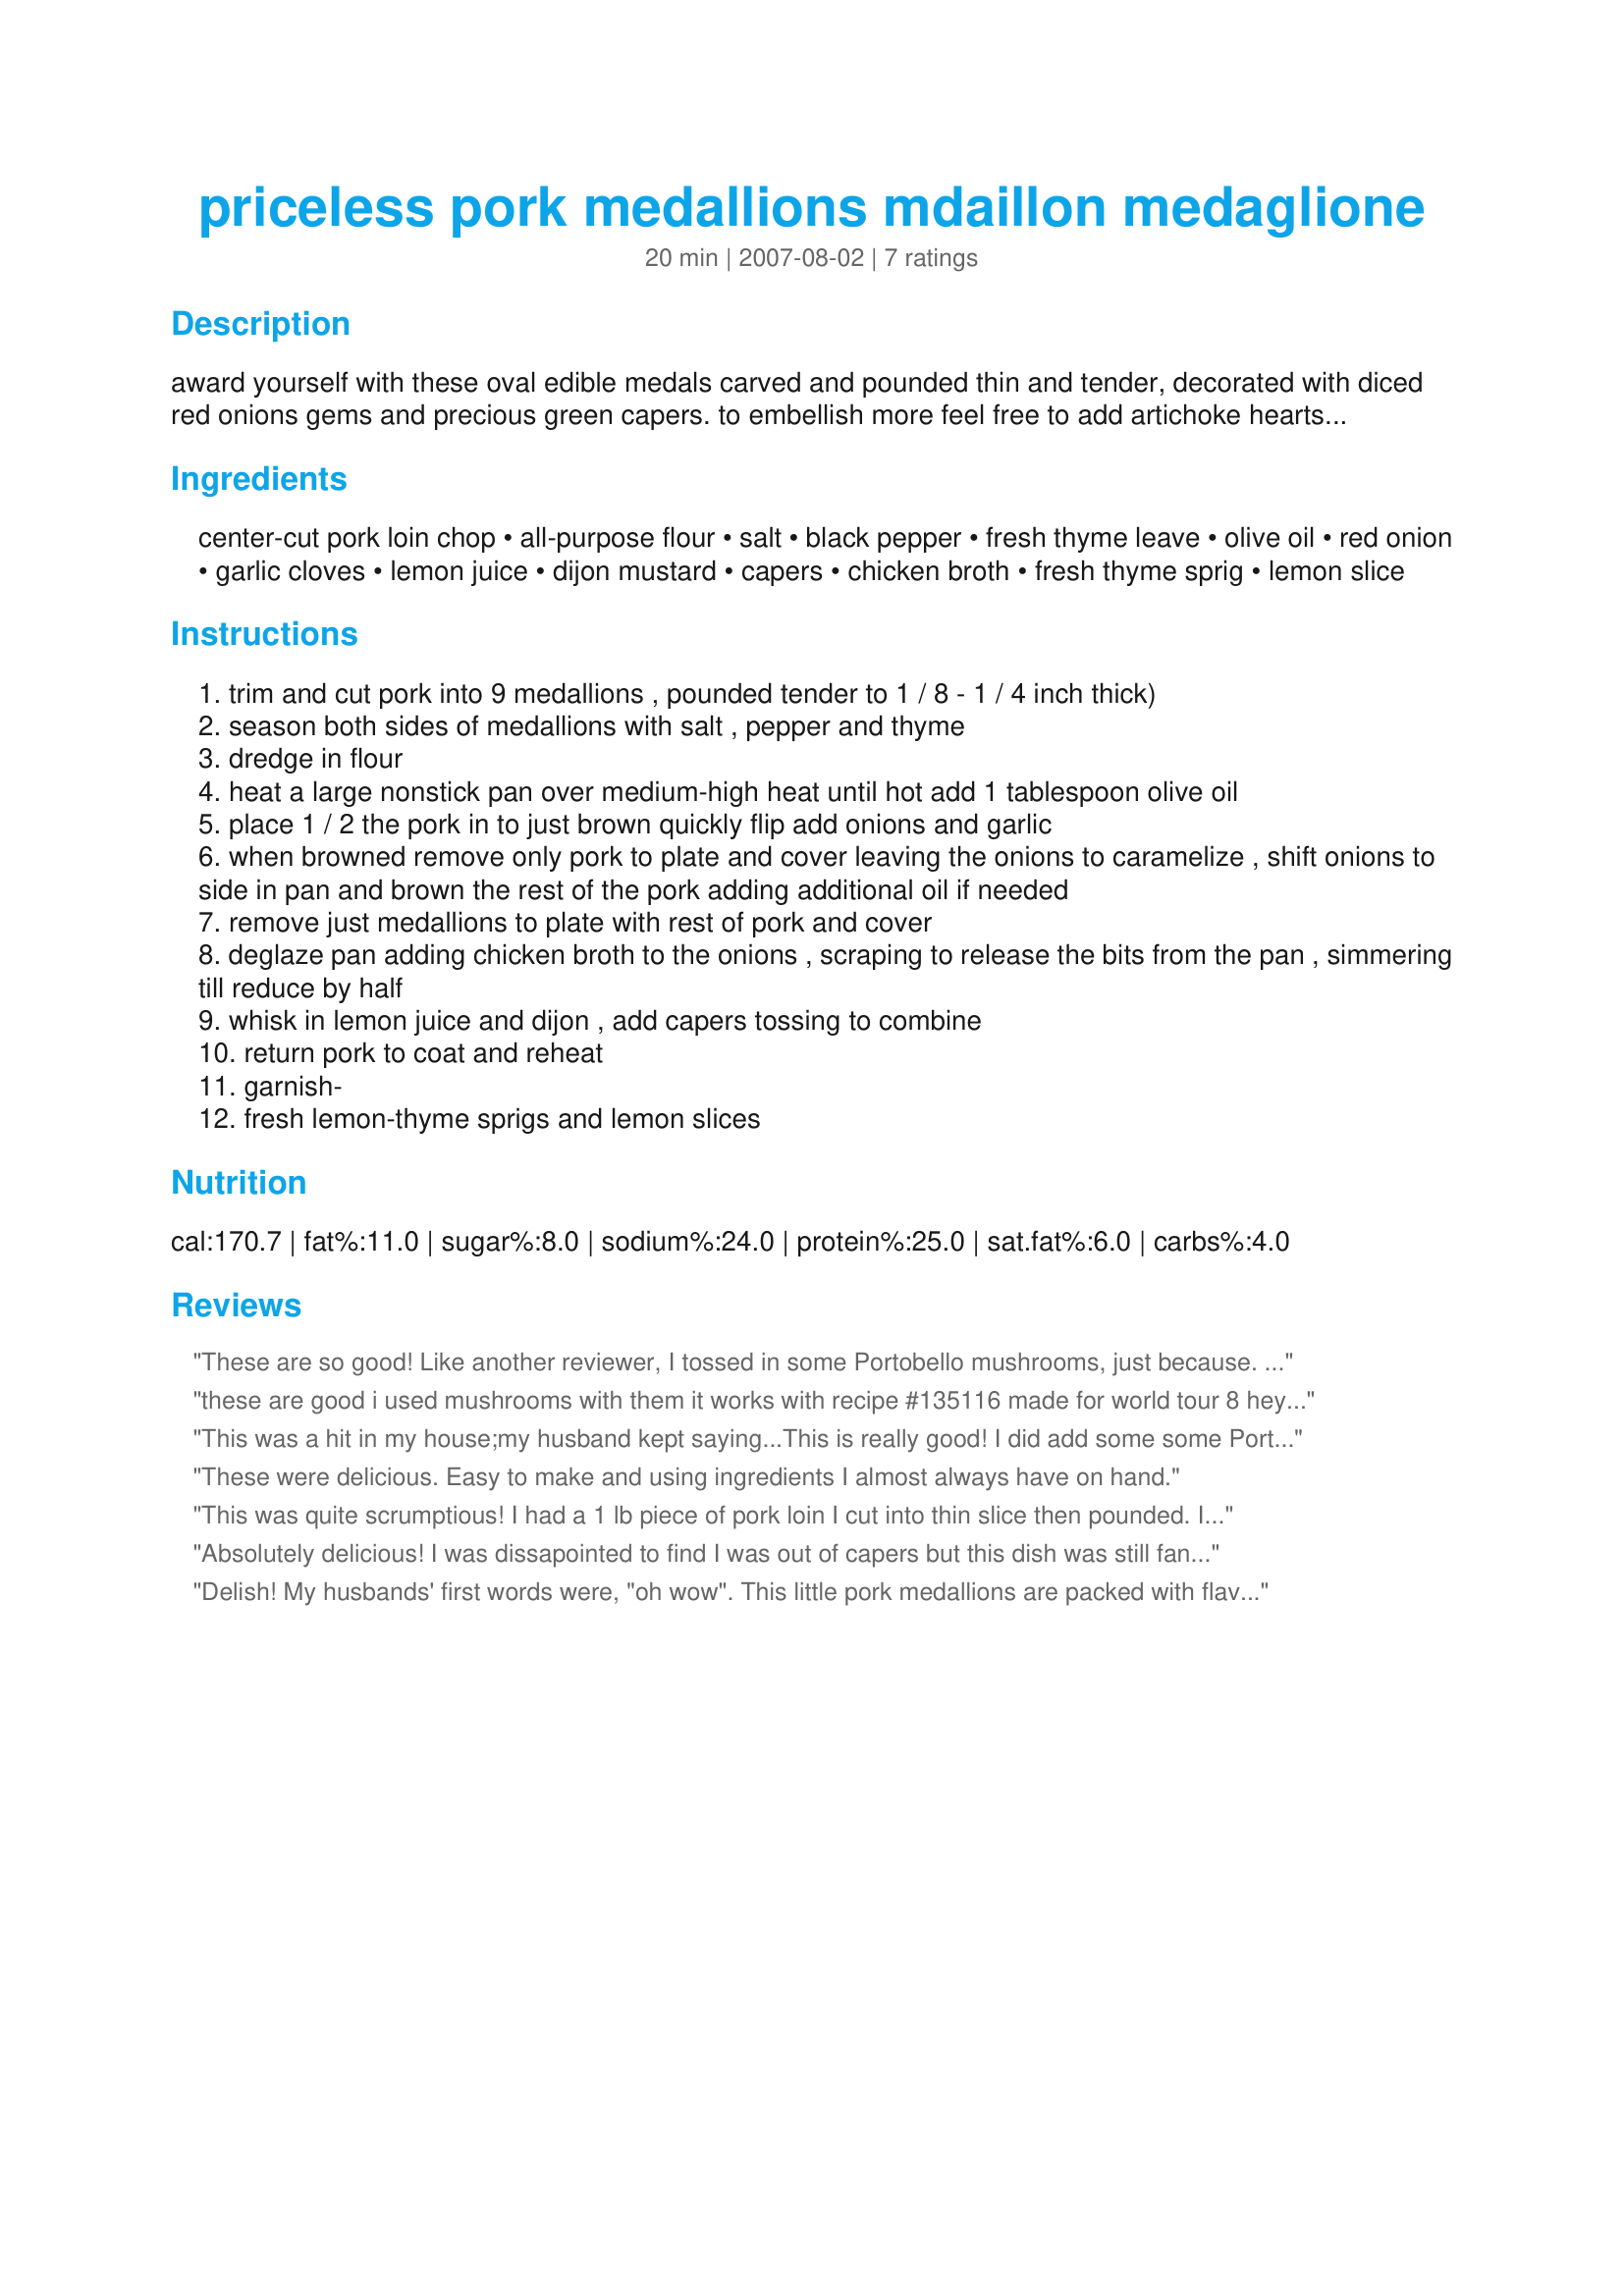
priceless pork medallions mdaillon medaglione
Preparation time: 20 minutes

award yourself with these oval edible medals carved and pounded thin and tender, decorated with diced red onions gems and precious green capers.
to embellish more feel free to add artichoke hearts and olives.
this is quick cooking so have all the ingredients ready as well as your sides prepared.
adorn over pasta, creamy polenta, fluffy rice, couscous or mashed potatoes.
based on veal piccata making this dish more economical by using lean pork. the pork is lean and trimmed keeping it low in fat and using little olive oil no butter making this healthier.
veal or chicken can replace the pork.

Ingredients:
center-cut pork loin chop, all-purpose flour, salt, black pepper, fresh thyme leave, olive oil, red onion, garlic cloves, lemon juice, dijon mustard, capers, chicken broth, fresh thyme sprig, lemon slice

Steps:
trim and cut pork into 9 medallions , pounded tender to 1 / 8 - 1 / 4 inch thick)
season both sides of medallions with salt , pepper and thyme
dredge in flour
heat a large nonstick pan over medium-high heat until hot add 1 tablespoon olive oil
place 1 / 2 the pork in to just brown quickly flip add onions and garlic
when browned remove only pork to plate and cover leaving the onions to caramelize , shift onions to side in pan and brown the rest of the pork adding additional oil if needed
remove just medallions to plate with rest of pork and cover
deglaze pan adding chicken broth to the onions , scraping to release the bits from the pan , simmering till reduce by half
whisk in lemon juice and dijon , add capers tossing to combine
return pork to coat and reheat
garnish-
fresh lemon-thyme sprigs and lemon slices

Reviews:
These are so good! Like another reviewer, I tossed in some Portobello mushrooms, just because. This is a beautiful thing to do with pork chops. Thanks for posting! Made for the Lively Lemon Lovelies, ZWT8.
these are good i used mushrooms with them it works with recipe #135116 made for world tour 8 hey rita
This was a hit in my house;my husband kept saying...This is really good! I did add some some Portobello mushrooms because they were begging to be part of this chef d'oeuvre. Thank you Rita; this one is a keeper. Don't you love the Tour; we have so much to chose from. I made t his for ZWR5. Merci.
Rita
These were delicious. Easy to make and using ingredients I almost always have on hand.
This was quite scrumptious! I had a 1 lb piece of pork loin I cut into thin slice then pounded. I used a combination of dried thyme, fresh lemon thyme, and marjoram. I added some mushrooms along with the onions, which were so amazingly wonderful with the sauce. I deglazed my pan with some Marsala in addition to the chicken broth. This was a nice combination with the fresh lemon juice which brightened the whole thing up. I realized as I was eating my dinner I had forgotten to add the mustard - we didn't miss it, but I'll add it next time. I finished off the sauce by whisking in couple of tablespoons of butter and a little sprinkle of kosher salt which made it sublime. This was "I wanna lick my plate" good! I served the pork with grilled asparagus and grilled garlic bread, and a nice CA Cabernet. Thank you Rita, this one is a definite keeper! Reviewed by a Chic Chef for ZWT4 - Italy.
Absolutely delicious! I was dissapointed to find I was out of capers but this dish was still fantastic without. I'm glad to find such a great recipe that calls for ingredients I always have on hand. Thanks for posting this winner!
Delish! My husbands' first words were, "oh wow". This little pork medallions are packed with flavor and are really tender. The flavors complement eachother perfectly! Merci beaucoup! Made for ZWT 8.
